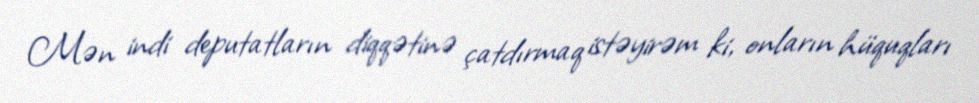
Mən indi deputatların diqqətinə çatdırmaq istəyirəm ki, onların hüquqları